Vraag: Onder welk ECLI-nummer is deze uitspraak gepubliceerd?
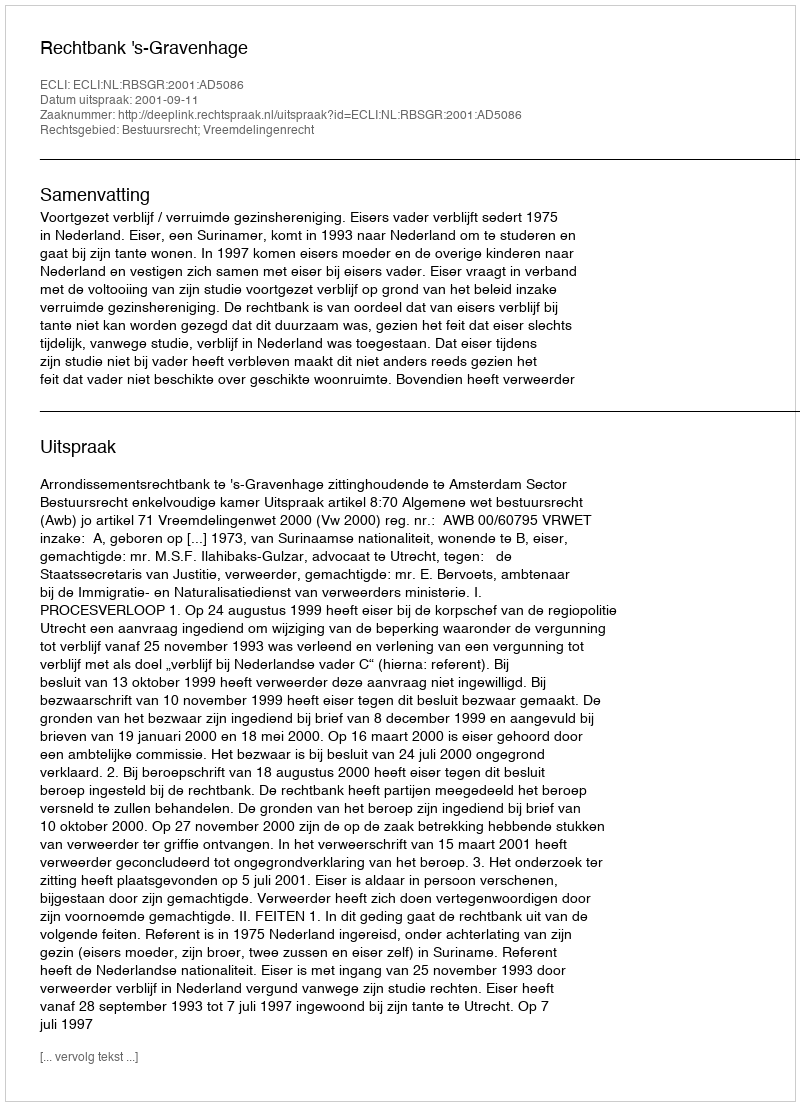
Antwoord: ECLI:NL:RBSGR:2001:AD5086